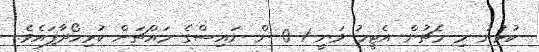
ކުޅުނު މި މެޗުން އެޓީމު ވަނީ 1-0 ން ނައިސްގެ މައްޗަށް ކުރިހޯދާފައެވެ.